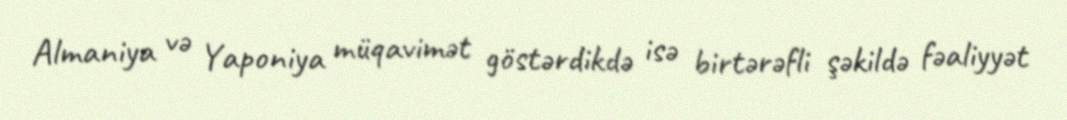
Almaniya və Yaponiya müqavimət göstərdikdə isə birtərəfli şəkildə fəaliyyət